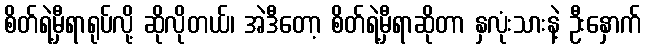
စိတ်ရဲ့မှီရာရုပ်လို့ ဆိုလိုတယ်၊ အဲဒီတော့ စိတ်ရဲ့မှီရာဆိုတာ နှလုံးသားနဲ့ ဦးနှောက်